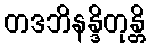
တဒဘိနန္ဒိတုန္တိ